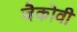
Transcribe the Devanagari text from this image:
जैकोवी